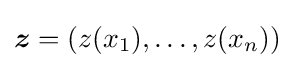
{\boldsymbol {z}}=(z(x_{1}),\ldots ,z(x_{n}))